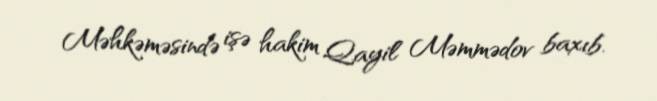
Məhkəməsində işə hakim Qayil Məmmədov baxıb.